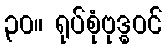
၃၀။ ရုပ်စုံဗုဒ္ဓဝင်